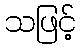
သဖြင့်